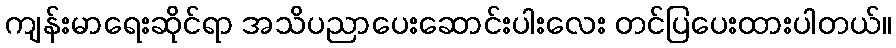
ကျန်းမာရေးဆိုင်ရာ အသိပညာပေးဆောင်းပါးလေး တင်ပြပေးထားပါတယ်။